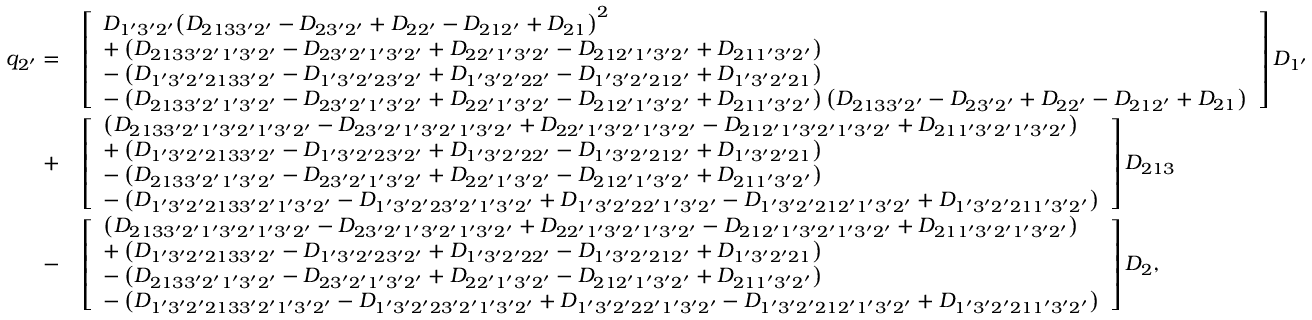
\begin{array} { r l } { { q _ { 2 ^ { \prime } } } = } & { \left[ \begin{array} { l } { { D _ { 1 ^ { \prime } 3 ^ { \prime } 2 ^ { \prime } } } { \left( { { D _ { 2 1 3 3 ^ { \prime } 2 ^ { \prime } } } - { D _ { 2 3 ^ { \prime } 2 ^ { \prime } } } + { D _ { 2 2 ^ { \prime } } } - { D _ { 2 1 2 ^ { \prime } } } + { D _ { 2 1 } } } \right) ^ { 2 } } } \\ { + \left( { { D _ { 2 1 3 3 ^ { \prime } 2 ^ { \prime } 1 ^ { \prime } 3 ^ { \prime } 2 ^ { \prime } } } - { D _ { 2 3 ^ { \prime } 2 ^ { \prime } 1 ^ { \prime } 3 ^ { \prime } 2 ^ { \prime } } } + { D _ { 2 2 ^ { \prime } 1 ^ { \prime } 3 ^ { \prime } 2 ^ { \prime } } } - { D _ { 2 1 2 ^ { \prime } 1 ^ { \prime } 3 ^ { \prime } 2 ^ { \prime } } } + { D _ { 2 1 1 ^ { \prime } 3 ^ { \prime } 2 ^ { \prime } } } } \right) } \\ { - \left( { { D _ { 1 ^ { \prime } 3 ^ { \prime } 2 ^ { \prime } 2 1 3 3 ^ { \prime } 2 ^ { \prime } } } - { D _ { 1 ^ { \prime } 3 ^ { \prime } 2 ^ { \prime } 2 3 ^ { \prime } 2 ^ { \prime } } } + { D _ { 1 ^ { \prime } 3 ^ { \prime } 2 ^ { \prime } 2 2 ^ { \prime } } } - { D _ { 1 ^ { \prime } 3 ^ { \prime } 2 ^ { \prime } 2 1 2 ^ { \prime } } } + { D _ { 1 ^ { \prime } 3 ^ { \prime } 2 ^ { \prime } 2 1 } } } \right) } \\ { - \left( { { D _ { 2 1 3 3 ^ { \prime } 2 ^ { \prime } 1 ^ { \prime } 3 ^ { \prime } 2 ^ { \prime } } } - { D _ { 2 3 ^ { \prime } 2 ^ { \prime } 1 ^ { \prime } 3 ^ { \prime } 2 ^ { \prime } } } + { D _ { 2 2 ^ { \prime } 1 ^ { \prime } 3 ^ { \prime } 2 ^ { \prime } } } - { D _ { 2 1 2 ^ { \prime } 1 ^ { \prime } 3 ^ { \prime } 2 ^ { \prime } } } + { D _ { 2 1 1 ^ { \prime } 3 ^ { \prime } 2 ^ { \prime } } } } \right) \left( { { D _ { 2 1 3 3 ^ { \prime } 2 ^ { \prime } } } - { D _ { 2 3 ^ { \prime } 2 ^ { \prime } } } + { D _ { 2 2 ^ { \prime } } } - { D _ { 2 1 2 ^ { \prime } } } + { D _ { 2 1 } } } \right) } \end{array} \right] { D _ { 1 ^ { \prime } } } } \\ { + } & { \left[ \begin{array} { l } { \left( { { D _ { 2 1 3 3 ^ { \prime } 2 ^ { \prime } 1 ^ { \prime } 3 ^ { \prime } 2 ^ { \prime } 1 ^ { \prime } 3 ^ { \prime } 2 ^ { \prime } } } - { D _ { 2 3 ^ { \prime } 2 ^ { \prime } 1 ^ { \prime } 3 ^ { \prime } 2 ^ { \prime } 1 ^ { \prime } 3 ^ { \prime } 2 ^ { \prime } } } + { D _ { 2 2 ^ { \prime } 1 ^ { \prime } 3 ^ { \prime } 2 ^ { \prime } 1 ^ { \prime } 3 ^ { \prime } 2 ^ { \prime } } } - { D _ { 2 1 2 ^ { \prime } 1 ^ { \prime } 3 ^ { \prime } 2 ^ { \prime } 1 ^ { \prime } 3 ^ { \prime } 2 ^ { \prime } } } + { D _ { 2 1 1 ^ { \prime } 3 ^ { \prime } 2 ^ { \prime } 1 ^ { \prime } 3 ^ { \prime } 2 ^ { \prime } } } } \right) } \\ { + \left( { { D _ { 1 ^ { \prime } 3 ^ { \prime } 2 ^ { \prime } 2 1 3 3 ^ { \prime } 2 ^ { \prime } } } - { D _ { 1 ^ { \prime } 3 ^ { \prime } 2 ^ { \prime } 2 3 ^ { \prime } 2 ^ { \prime } } } + { D _ { 1 ^ { \prime } 3 ^ { \prime } 2 ^ { \prime } 2 2 ^ { \prime } } } - { D _ { 1 ^ { \prime } 3 ^ { \prime } 2 ^ { \prime } 2 1 2 ^ { \prime } } } + { D _ { 1 ^ { \prime } 3 ^ { \prime } 2 ^ { \prime } 2 1 } } } \right) } \\ { - \left( { { D _ { 2 1 3 3 ^ { \prime } 2 ^ { \prime } 1 ^ { \prime } 3 ^ { \prime } 2 ^ { \prime } } } - { D _ { 2 3 ^ { \prime } 2 ^ { \prime } 1 ^ { \prime } 3 ^ { \prime } 2 ^ { \prime } } } + { D _ { 2 2 ^ { \prime } 1 ^ { \prime } 3 ^ { \prime } 2 ^ { \prime } } } - { D _ { 2 1 2 ^ { \prime } 1 ^ { \prime } 3 ^ { \prime } 2 ^ { \prime } } } + { D _ { 2 1 1 ^ { \prime } 3 ^ { \prime } 2 ^ { \prime } } } } \right) } \\ { - \left( { { D _ { 1 ^ { \prime } 3 ^ { \prime } 2 ^ { \prime } 2 1 3 3 ^ { \prime } 2 ^ { \prime } 1 ^ { \prime } 3 ^ { \prime } 2 ^ { \prime } } } - { D _ { 1 ^ { \prime } 3 ^ { \prime } 2 ^ { \prime } 2 3 ^ { \prime } 2 ^ { \prime } 1 ^ { \prime } 3 ^ { \prime } 2 ^ { \prime } } } + { D _ { 1 ^ { \prime } 3 ^ { \prime } 2 ^ { \prime } 2 2 ^ { \prime } 1 ^ { \prime } 3 ^ { \prime } 2 ^ { \prime } } } - { D _ { 1 ^ { \prime } 3 ^ { \prime } 2 ^ { \prime } 2 1 2 ^ { \prime } 1 ^ { \prime } 3 ^ { \prime } 2 ^ { \prime } } } + { D _ { 1 ^ { \prime } 3 ^ { \prime } 2 ^ { \prime } 2 1 1 ^ { \prime } 3 ^ { \prime } 2 ^ { \prime } } } } \right) } \end{array} \right] { D _ { 2 1 3 } } } \\ { - } & { \left[ \begin{array} { l } { \left( { { D _ { 2 1 3 3 ^ { \prime } 2 ^ { \prime } 1 ^ { \prime } 3 ^ { \prime } 2 ^ { \prime } 1 ^ { \prime } 3 ^ { \prime } 2 ^ { \prime } } } - { D _ { 2 3 ^ { \prime } 2 ^ { \prime } 1 ^ { \prime } 3 ^ { \prime } 2 ^ { \prime } 1 ^ { \prime } 3 ^ { \prime } 2 ^ { \prime } } } + { D _ { 2 2 ^ { \prime } 1 ^ { \prime } 3 ^ { \prime } 2 ^ { \prime } 1 ^ { \prime } 3 ^ { \prime } 2 ^ { \prime } } } - { D _ { 2 1 2 ^ { \prime } 1 ^ { \prime } 3 ^ { \prime } 2 ^ { \prime } 1 ^ { \prime } 3 ^ { \prime } 2 ^ { \prime } } } + { D _ { 2 1 1 ^ { \prime } 3 ^ { \prime } 2 ^ { \prime } 1 ^ { \prime } 3 ^ { \prime } 2 ^ { \prime } } } } \right) } \\ { + \left( { { D _ { 1 ^ { \prime } 3 ^ { \prime } 2 ^ { \prime } 2 1 3 3 ^ { \prime } 2 ^ { \prime } } } - { D _ { 1 ^ { \prime } 3 ^ { \prime } 2 ^ { \prime } 2 3 ^ { \prime } 2 ^ { \prime } } } + { D _ { 1 ^ { \prime } 3 ^ { \prime } 2 ^ { \prime } 2 2 ^ { \prime } } } - { D _ { 1 ^ { \prime } 3 ^ { \prime } 2 ^ { \prime } 2 1 2 ^ { \prime } } } + { D _ { 1 ^ { \prime } 3 ^ { \prime } 2 ^ { \prime } 2 1 } } } \right) } \\ { - \left( { { D _ { 2 1 3 3 ^ { \prime } 2 ^ { \prime } 1 ^ { \prime } 3 ^ { \prime } 2 ^ { \prime } } } - { D _ { 2 3 ^ { \prime } 2 ^ { \prime } 1 ^ { \prime } 3 ^ { \prime } 2 ^ { \prime } } } + { D _ { 2 2 ^ { \prime } 1 ^ { \prime } 3 ^ { \prime } 2 ^ { \prime } } } - { D _ { 2 1 2 ^ { \prime } 1 ^ { \prime } 3 ^ { \prime } 2 ^ { \prime } } } + { D _ { 2 1 1 ^ { \prime } 3 ^ { \prime } 2 ^ { \prime } } } } \right) } \\ { - \left( { { D _ { 1 ^ { \prime } 3 ^ { \prime } 2 ^ { \prime } 2 1 3 3 ^ { \prime } 2 ^ { \prime } 1 ^ { \prime } 3 ^ { \prime } 2 ^ { \prime } } } - { D _ { 1 ^ { \prime } 3 ^ { \prime } 2 ^ { \prime } 2 3 ^ { \prime } 2 ^ { \prime } 1 ^ { \prime } 3 ^ { \prime } 2 ^ { \prime } } } + { D _ { 1 ^ { \prime } 3 ^ { \prime } 2 ^ { \prime } 2 2 ^ { \prime } 1 ^ { \prime } 3 ^ { \prime } 2 ^ { \prime } } } - { D _ { 1 ^ { \prime } 3 ^ { \prime } 2 ^ { \prime } 2 1 2 ^ { \prime } 1 ^ { \prime } 3 ^ { \prime } 2 ^ { \prime } } } + { D _ { 1 ^ { \prime } 3 ^ { \prime } 2 ^ { \prime } 2 1 1 ^ { \prime } 3 ^ { \prime } 2 ^ { \prime } } } } \right) } \end{array} \right] { D _ { 2 } } , } \end{array}